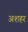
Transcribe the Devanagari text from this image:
अशहर